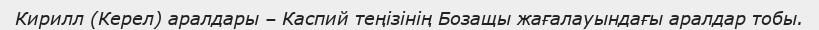
Кирилл (Керел) аралдары – Каспий теңізінің Бозащы жағалауындағы аралдар тобы.